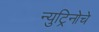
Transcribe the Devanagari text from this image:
न्युट्रिनोचे